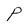
Character: P